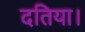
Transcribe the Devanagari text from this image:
दतिया।